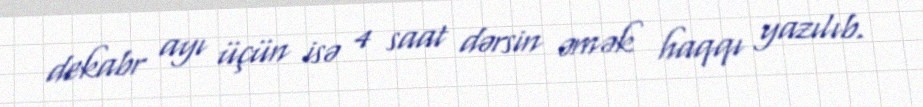
dekabr ayı üçün isə 4 saat dərsin əmək haqqı yazılıb.